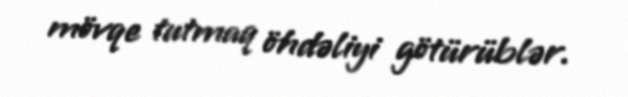
mövqe tutmaq öhdəliyi götürüblər.